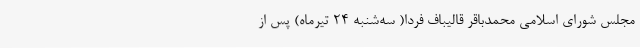
مجلس شورای اسلامی محمدباقر قالیباف فردا( سه‌شنبه 24 تیرماه) پس از